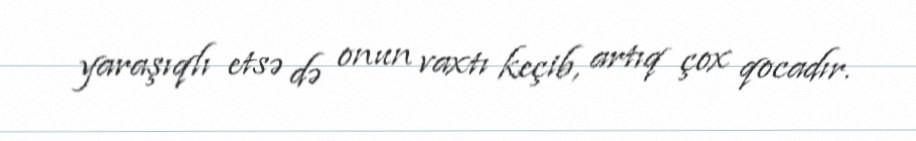
yaraşıqlı etsə də onun vaxtı keçib, artıq çox qocadır.